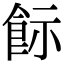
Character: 𩚪